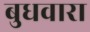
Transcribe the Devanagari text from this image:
बुधवारा